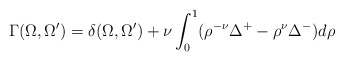
\begin{align*}\Gamma (\Omega ,\Omega^{\prime}) = \delta (\Omega ,\Omega^{\prime}) +\nu\int^1_0 (\rho^{-\nu} \Delta^+ - \rho^\nu \Delta^-) d\rho\end{align*}